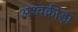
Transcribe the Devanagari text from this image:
अश्वक्रीड़ा